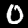
Digit: 0